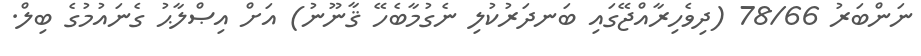
ނަންބަރު 78/66 (ދިވެހިރާއްޖޭގައި ބަނދަރުކުލި ނެގުމާބެހޭ ޤާނޫނު) އަށް އިޞްލާޙު ގެނައުމުގެ ބިލް.